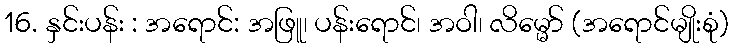
16. နှင်းပန်း : အရောင်: အဖြူ၊ ပန်းရောင်၊ အဝါ၊ လိမ္မော် (အရောင်မျိုးစုံ)